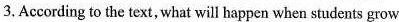
3.According to the text, what will happen when students grow